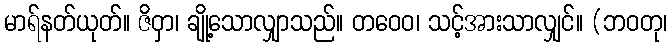
မာရ်နတ်ယုတ်။ ဇိဝှာ၊ ချို့သောလျှာသည်။ တဝေဝ၊ သင့်အားသာလျှင်။ (ဘဝတု၊